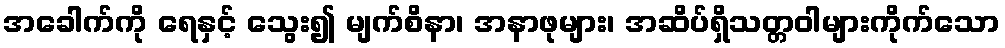
အခေါက်ကို ရေနှင့် သွေး၍ မျက်စိနာ၊ အနာဖုများ၊ အဆိပ်ရှိသတ္တဝါများကိုက်သော